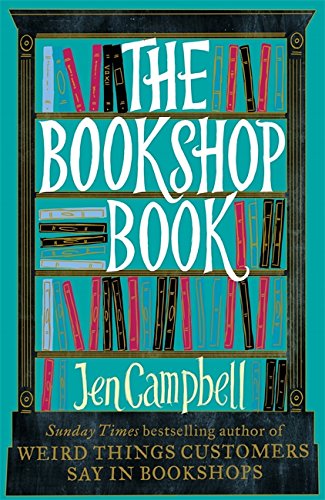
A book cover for The Bookshop Book; Jen Campbell; Business & Money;